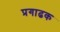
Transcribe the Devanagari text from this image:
प्रगाढक